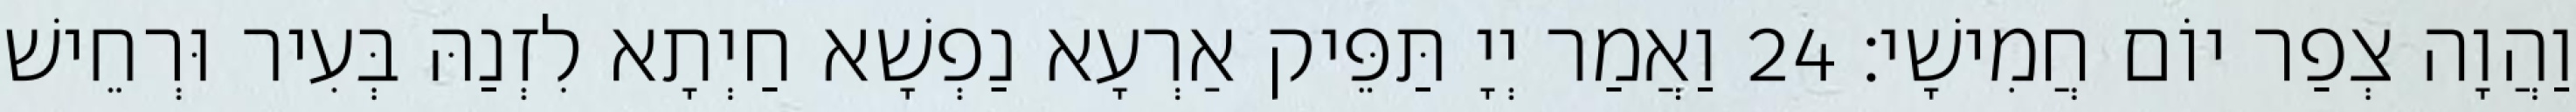
וַהֲוָה צְפַר יוֹם חֲמִישָׁי׃ 24 וַאֲמַר יְיָ תַּפֵּיק אַרְעָא נַפְשָׁא חַיְתָא לִזְנַהּ בְּעִיר וּרְחֵישׁ